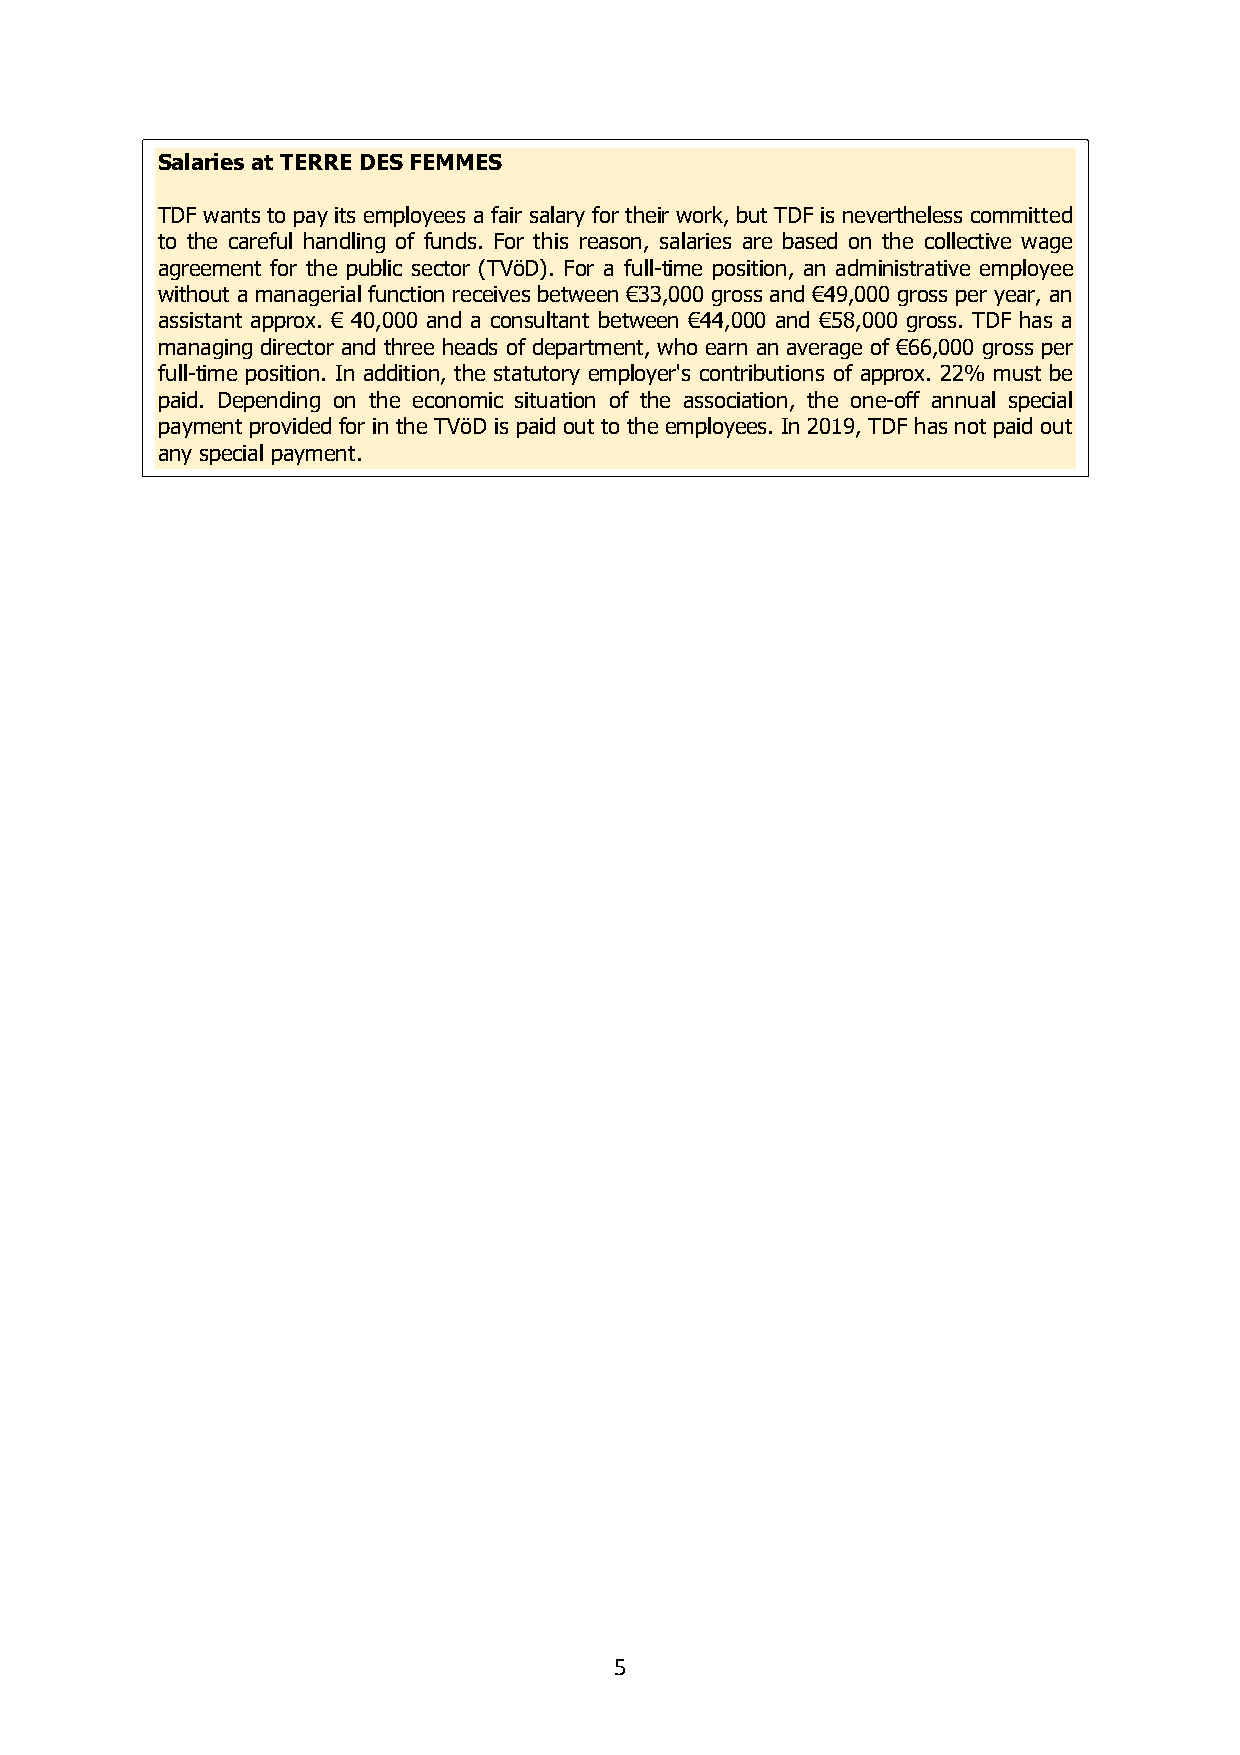
Salaries at TERRE DES FEMMES
 TDF wants to pay its employees a fair salary for their work, but TDF is nevertheless committed
 to the careful handling of funds. For this reason, salaries are based on the collective wage
 agreement for the public sector (TVöD). For a full-time position, an administrative employee
 without a managerial function receives between €33,000 gross and €49,000 gross per year, an
 assistant approx. € 40,000 and a consultant between €44,000 and €58,000 gross. TDF has a
 managing director and three heads of department, who earn an average of €66,000 gross per
 full-time position. In addition, the statutory employer's contributions of approx. 22% must be
 paid. Depending on the economic situation of the association, the one-off annual special
 payment provided for in the TVöD is paid out to the employees. In 2019, TDF has not paid out
 any special payment.
 5